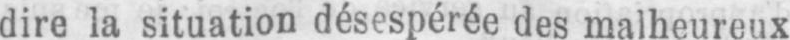
dire la situation désespérée des malheureux